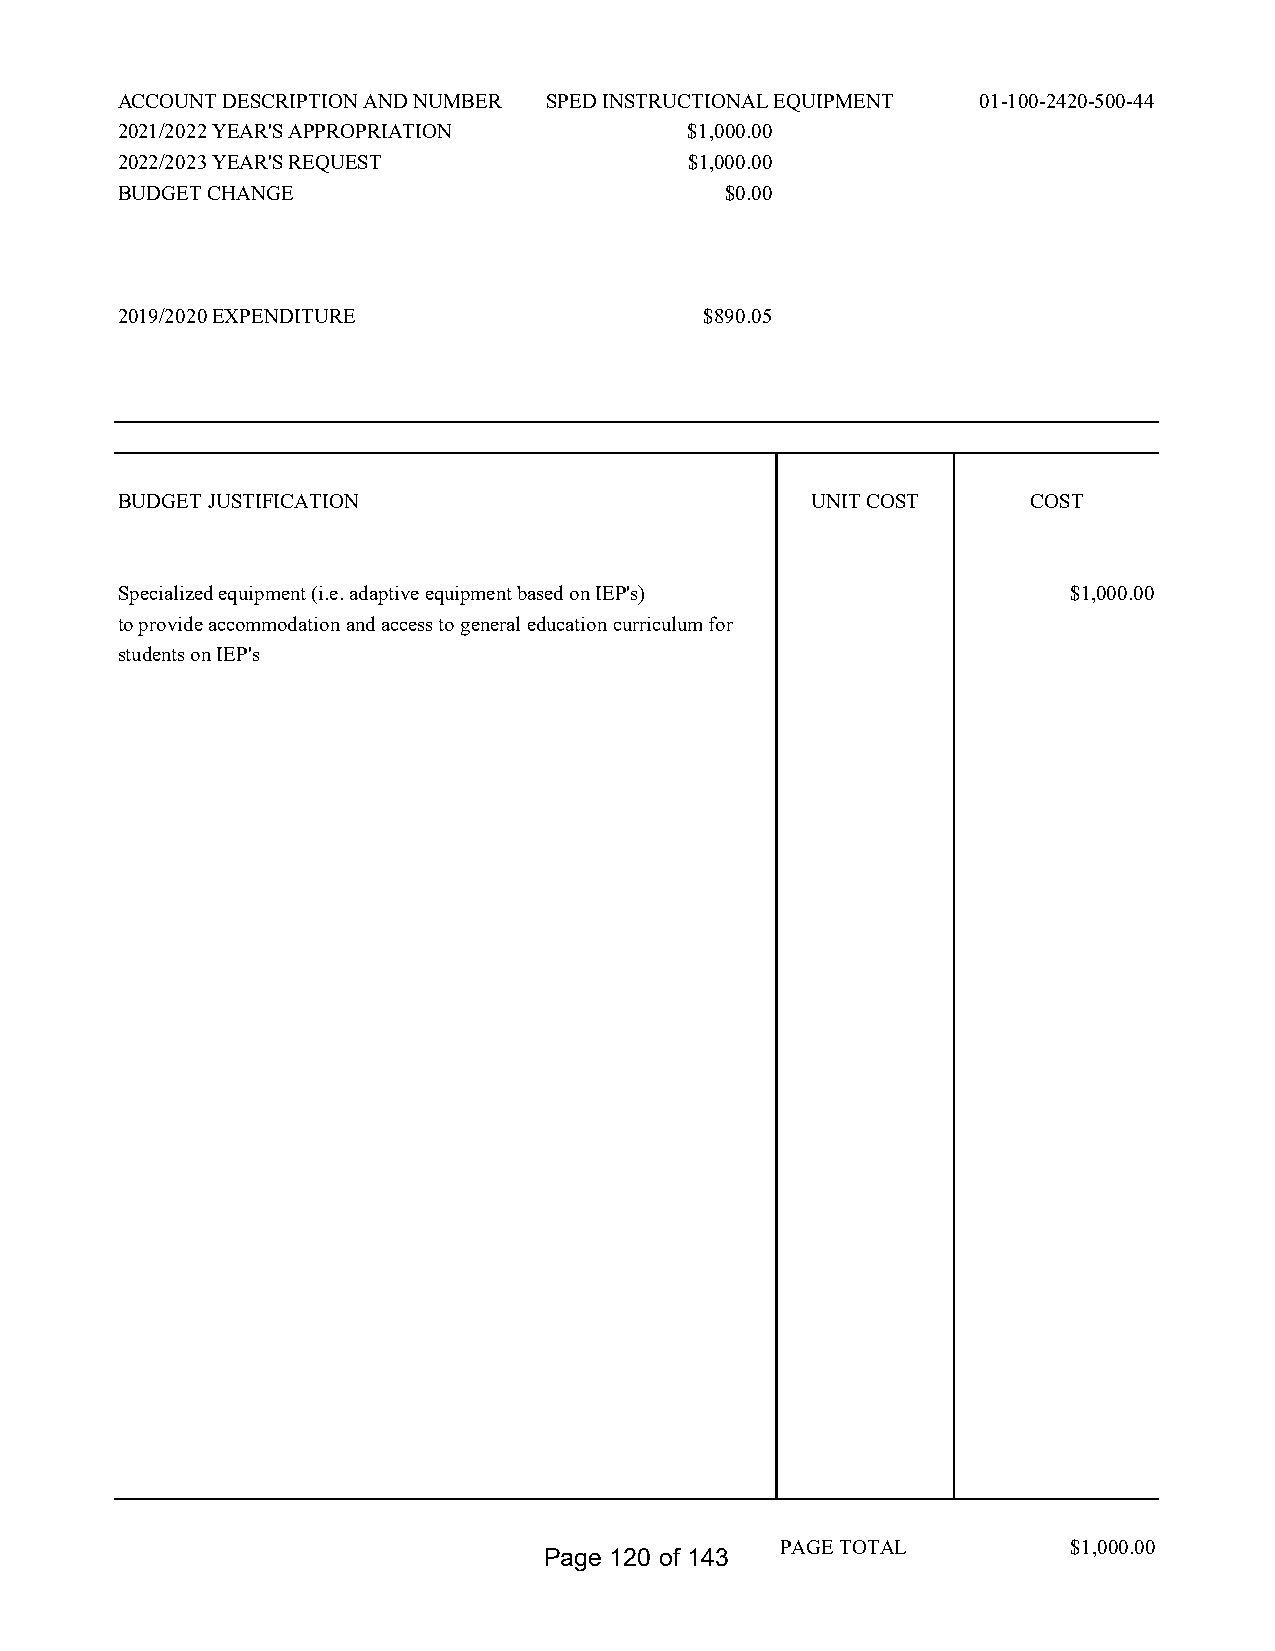
ACCOUNT DESCRIPTION AND NUMBER SPED INSTRUCTIONAL EQUIPMENT 01-100-2420-500-44
 2021/2022 YEAR'S APPROPRIATION        $1,000.00
 2022/2023 YEAR'S REQUEST              $1,000.00
 BUDGET CHANGE                           $0.00
 2019/2020 EXPENDITURE                  $890.05
 BUDGET JUSTIFICATION                          UNIT COST     COST
 Specialized equipment (i.e. adaptive equipment based on IEP's) $1,000.00
 to provide accommodation and access to general education curriculum for
 students on IEP's
 PAGE TOTAL         $1,000.00
 Page 120 of 143